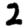
Digit: 2